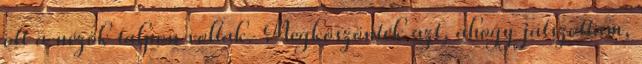
ott a nézök talpon voltak. Megköszönték azt, ahogy játszottam,